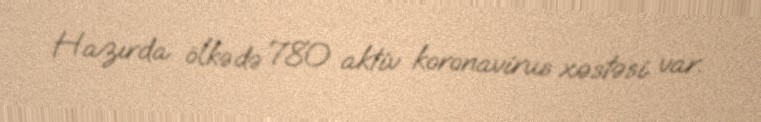
Hazırda ölkədə 780 aktiv koronavirus xəstəsi var.